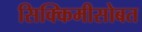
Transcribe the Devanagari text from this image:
सिक्किमीसोबत